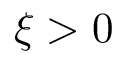
\xi > 0